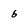
Character: 6